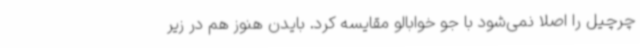
چرچیل را اصلا نمی‌شود با جو خوابالو مقایسه کرد. بایدن هنوز هم در زیر